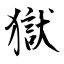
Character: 獄